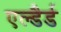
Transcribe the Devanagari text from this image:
एल्डैर्ड